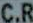
C.R